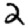
Digit: 2